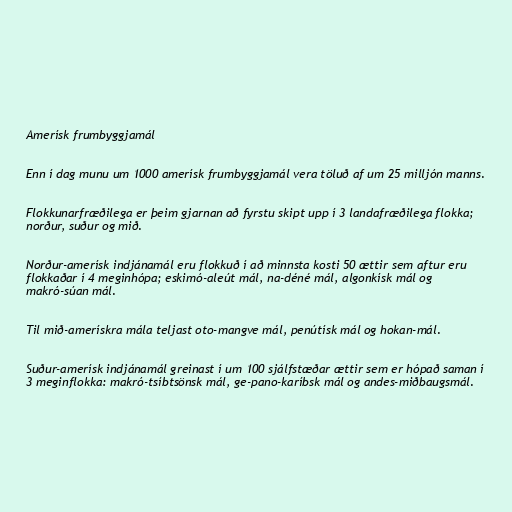
Amerísk frumbyggjamál

Enn í dag munu um 1000 amerísk frumbyggjamál vera töluð af um 25 milljón manns.

Flokkunarfræðilega er þeim gjarnan að fyrstu skipt upp í 3 landafræðilega flokka;
norður, suður og mið.

Norður-amerísk indjánamál eru flokkuð í að minnsta kosti 50 ættir sem aftur eru
flokkaðar í 4 meginhópa; eskimó-aleút mál, na-déné mál, algonkísk mál og
makró-súan mál.

Til mið-amerískra mála teljast oto-mangve mál, penútísk mál og hokan-mál.

Suður-amerísk indjánamál greinast í um 100 sjálfstæðar ættir sem er hópað saman í
3 meginflokka: makró-tsíbtsönsk mál, ge-pano-karíbsk mál og andes-miðbaugsmál.